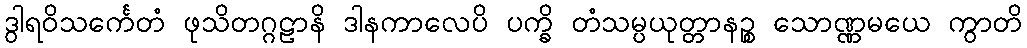
ဒွါရဝိသင်္ကေတံ ဖုသိတဂ္ဂဠာနိ ဒါနကာလေပိ ပက္ခိ တံသမ္ပယုတ္တာနဉ္စ သောဏ္ဏမယေ ကွာတိ